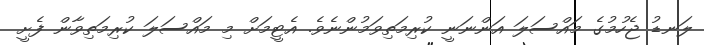
ލަނޑު ޖެހުމުގެ މައްސަލަ އަންނަނީ ކުރިމަތިވަމުންނެވެ. އެޓީމަށް މި މައްސަލަ ކުރިމަތިވާން ފެށީ